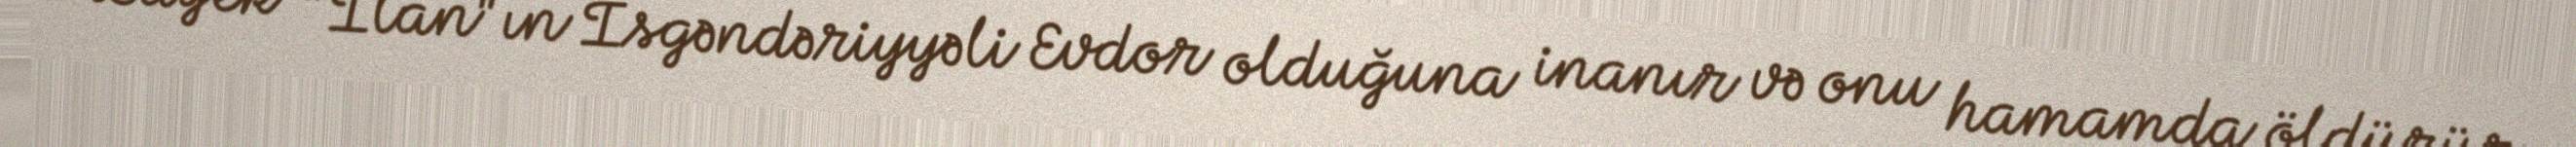
Bayek "İlan"ın İsgəndəriyyəli Evdor olduğuna inanır və onu hamamda öldürür.